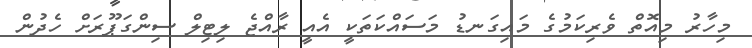
މިހާރު މިއޮތް ވެރިކަމުގެ މައިގަނޑު މަސަައްކަތަކީ އެއީ ރާއްޖެ ލިޓިލް ސިންގަޕޫރަށް ހެދުން